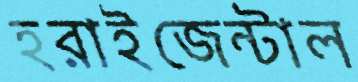
হরাইজেন্টাল